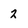
Character: 2